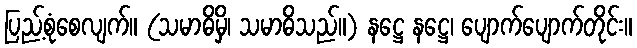
ပြည့်စုံစေလျက်။ (သမာဓိမှိ၊ သမာဓိသည်။) နဋ္ဌေ နဋ္ဌေ၊ ပျောက်ပျောက်တိုင်း။